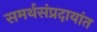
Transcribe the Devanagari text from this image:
समर्थसंप्रदायांत